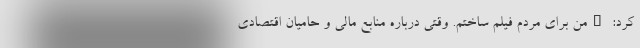
کرد: "من برای مردم فیلم ساختم. وقتی درباره منابع مالی و حامیان اقتصادی